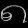
Digit: ၈